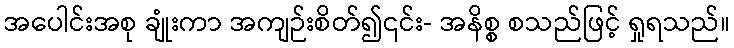
အပေါင်းအစု ချုံးကာ အကျဉ်းစိတ်၍၎င်း- အနိစ္စ စသည်ဖြင့် ရှုရသည်။